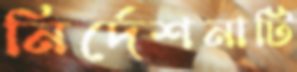
নির্দেশনাটি